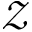
\mathcal { Z }